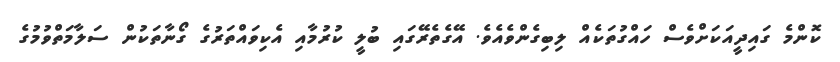
ކޮންމެ ގައިދީއަކަށްވެސް ހައްގުތަކެއް ލިބިގެންވެއެވެ. އޭގެތެރޭގައި ބުލީ ކުރުމާއި އެކިވައްތަރުގެ ގޯނާތަކުން ސަލާމަތްވުމުގެ